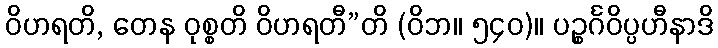
ဝိဟရတိ, တေန ဝုစ္စတိ ဝိဟရတီ”တိ (ဝိဘ။ ၅၄၀)။ ပဉ္စင်္ဂဝိပ္ပဟီနာဒိ